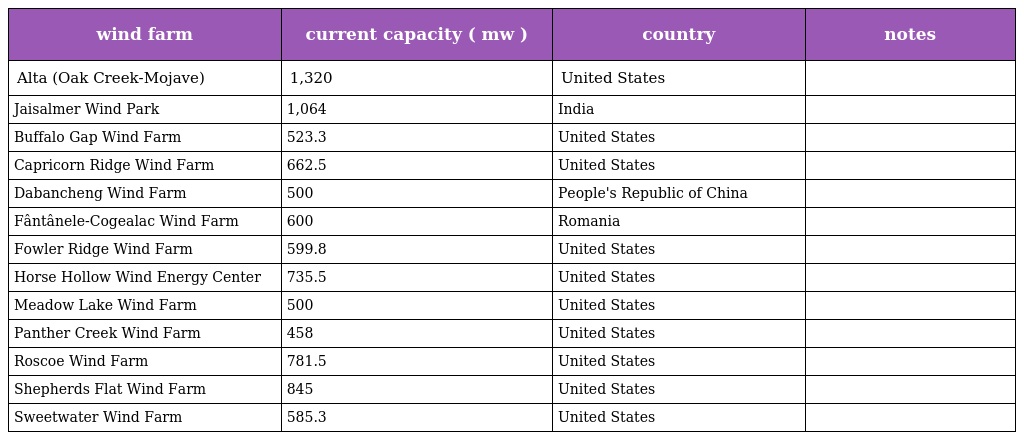
| wind farm | current capacity ( mw ) | country | notes |
 | --- | --- | --- | --- |
 | Alta (Oak Creek-Mojave) | 1,320 | United States |  |
 | Jaisalmer Wind Park | 1,064 | India |  |
 | Buffalo Gap Wind Farm | 523.3 | United States |  |
 | Capricorn Ridge Wind Farm | 662.5 | United States |  |
 | Dabancheng Wind Farm | 500 | People's Republic of China |  |
 | Fântânele-Cogealac Wind Farm | 600 | Romania |  |
 | Fowler Ridge Wind Farm | 599.8 | United States |  |
 | Horse Hollow Wind Energy Center | 735.5 | United States |  |
 | Meadow Lake Wind Farm | 500 | United States |  |
 | Panther Creek Wind Farm | 458 | United States |  |
 | Roscoe Wind Farm | 781.5 | United States |  |
 | Shepherds Flat Wind Farm | 845 | United States |  |
 | Sweetwater Wind Farm | 585.3 | United States |  |